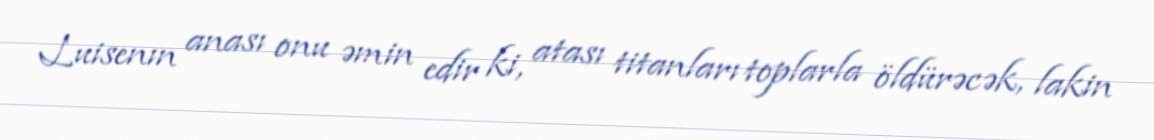
Luisenın anası onu əmin edir ki, atası titanları toplarla öldürəcək, lakin